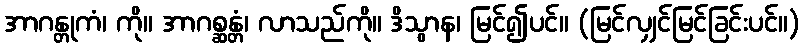
အာဂန္တုကံ၊ ကို။ အာဂစ္ဆန္တံ၊ လာသည်ကို။ ဒိသွာန၊ မြင်၍ပင်။ (မြင်လျှင်မြင်ခြင်းပင်။)